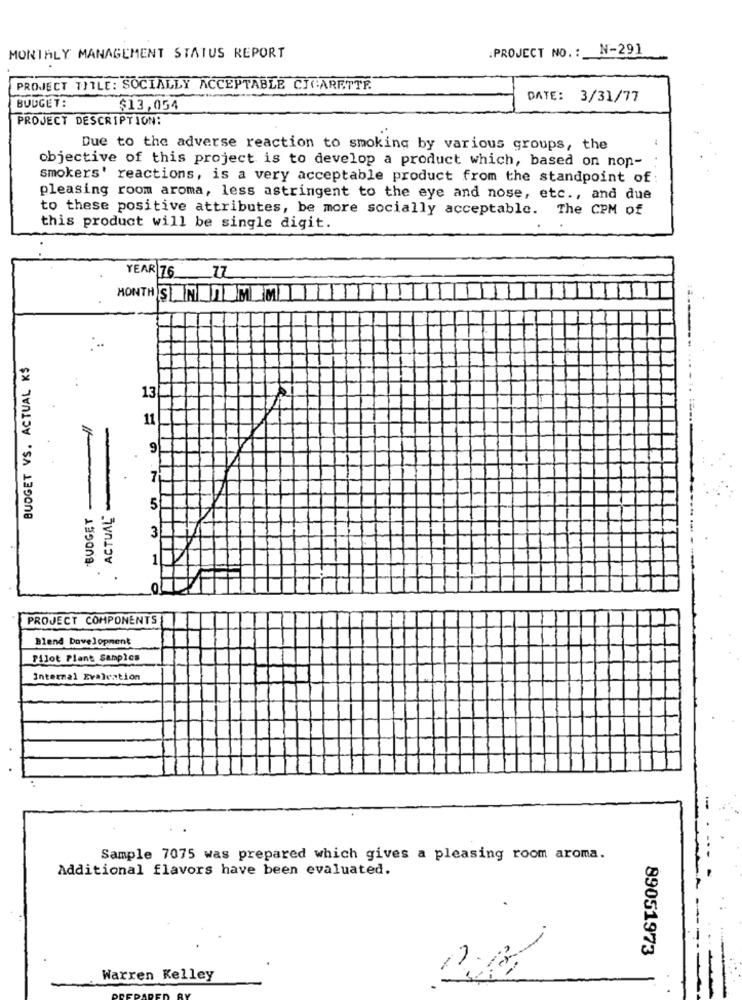
.PROJECT NO .: N-291
MONTHLY MANAGEMENT STATUS REPORT
PROJECT TITLE: SOCIALLY ACCEPTABLE CIGARETTE.
DATE: 3/31/77
BUDGET:
$13,054
PROJECT DESCRIPTION:
Due to the adverse reaction to smoking by various groups, the
objective of this project is to develop a product which, based on non-
smokers' reactions, is a very acceptable product from the standpoint of
pleasing room aroma, less astringent to the eye and nose, etc ., and due
to these positive attributes, be more socially acceptable. The CPM of
this product will be single digit.
77
YEAR 76
MONTH SAN TEMEMI
BUDGET VS. ACTUAL K$
13
11
9
BUDGET
ACTUAL
5
3
1
PROJECT COMPONENTS
Blend Dovelopment
Pilot Plant Samples
Internal Evaleation
--
Sample 7075 was prepared which gives a pleasing room aroma.
Additional flavors have been evaluated.
89051973
Warren Kelley